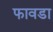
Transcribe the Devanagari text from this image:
फावडा